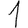
Digit: 1